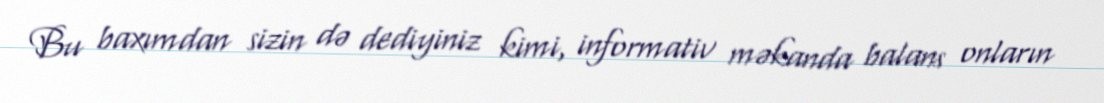
Bu baxımdan sizin də dediyiniz kimi, informativ məkanda balans onların